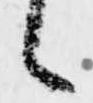
候